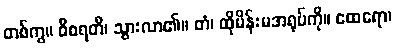
တစ်ကွ။ ဝိစရတိ၊ သွားလာ၏။ တံ၊ ထိုမိန်းမအရုပ်ကို။ ထေရော၊